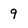
Character: 9